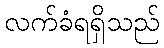
လက်ခံရရှိသည်